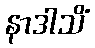
နာဒါသိံ